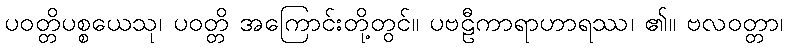
ပဝတ္တိပစ္စယေသု၊ ပဝတ္တိ အကြောင်းတို့တွင်။ ပဗဠီကာရာဟာရဿ၊ ၏။ ဗလဝတ္တာ၊